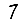
Digit: 7